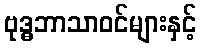
ဗုဒ္ဓဘာသာဝင်များနှင့်